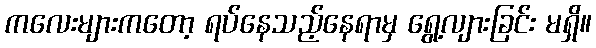
ကလေးများကတော့ ရပ်နေသည့်နေရာမှ ရွေ့လျားခြင်း မရှိ။